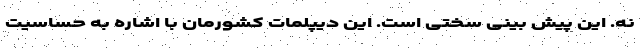
نه. این پیش بینی سختی است. این دیپلمات کشورمان با اشاره به حساسیت